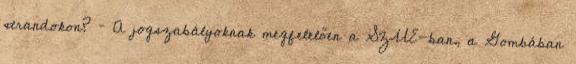
strandokon? – A jogszabályoknak megfelelően a SZUE-ban, a Gombában